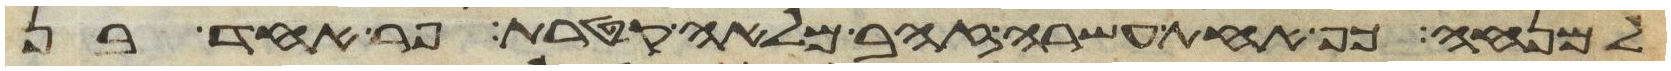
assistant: למנחה כף אחת עשרה זהב מלאה קטרת פר אחד בן